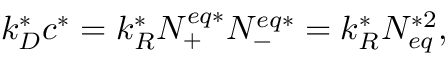
k _ { D } ^ { * } c ^ { * } = k _ { R } ^ { * } N _ { + } ^ { e q * } N _ { - } ^ { e q * } = k _ { R } ^ { * } N _ { e q } ^ { * 2 } ,